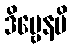
ဒိဗ္ဗေနပိ